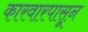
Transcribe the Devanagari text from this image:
कारवारपासून